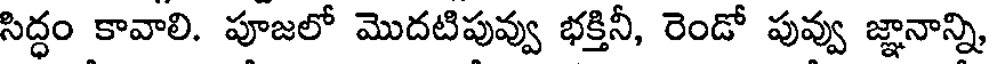
సిద్ధం కావాలి. పూజలో మొదటిపువ్వు భక్తినీ, రెండో పువ్వు జ్ఞానాన్ని,